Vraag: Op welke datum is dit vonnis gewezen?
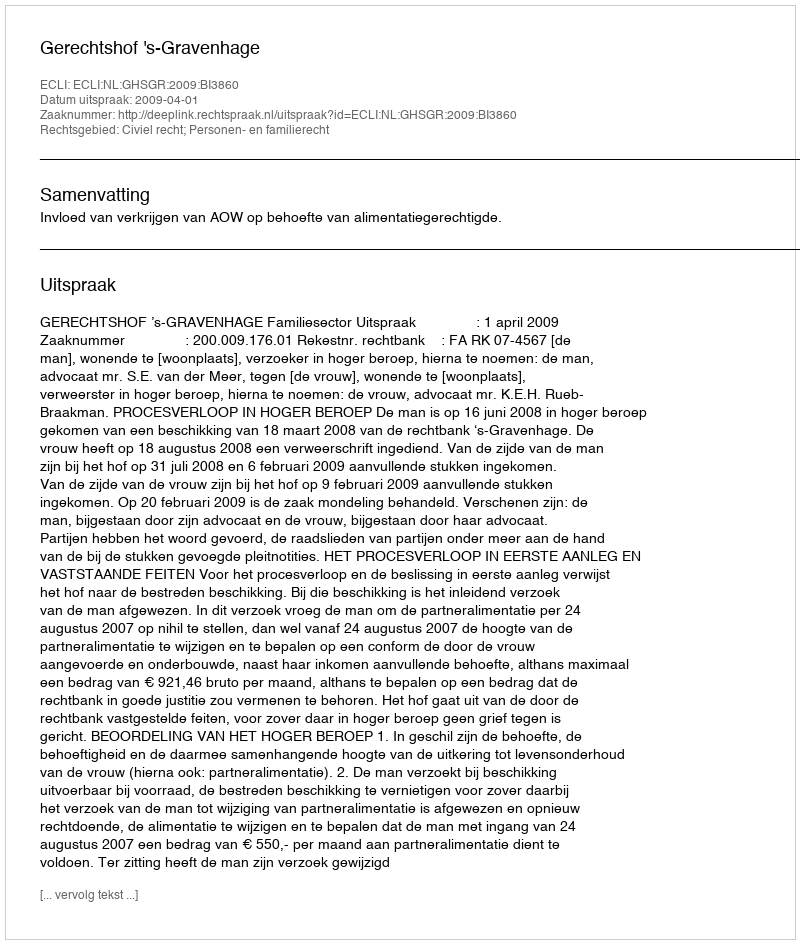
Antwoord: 2009-04-01